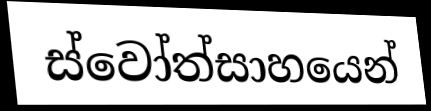
ස්වෝත්සාහයෙන්